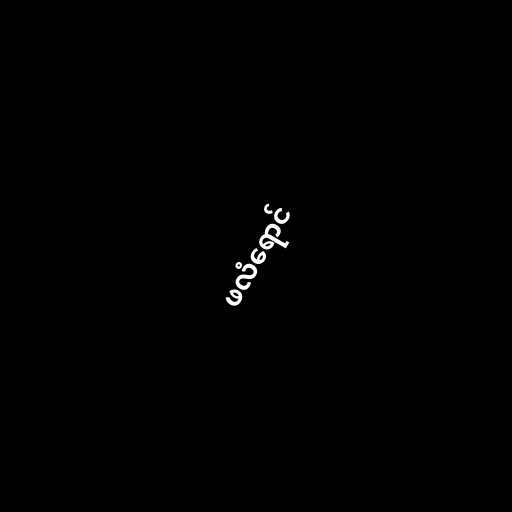
ဖလံရောင်